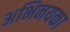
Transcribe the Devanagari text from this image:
अभिनयका